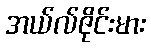
အယ်လ်ဇိုင်းမား